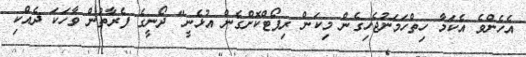
އެހެންވެ އެކަމާ ހިތްހަމަނުޖެހިގެން މިކަން ރިޕޯޓްކޮށްގެން އުޅެނީ" ދޯނީގެ ފެރާތުން ވާހަކަ ދެއްކި